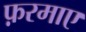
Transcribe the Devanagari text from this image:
फ़रमाए